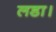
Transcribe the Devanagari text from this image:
लडा।